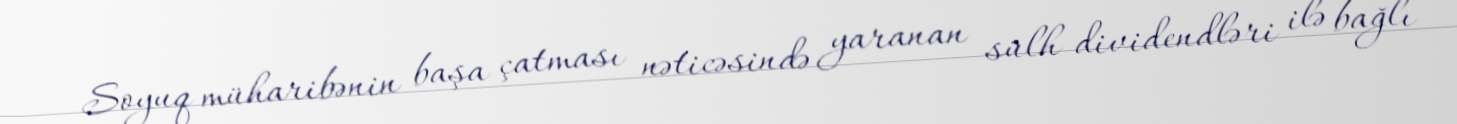
Soyuq müharibənin başa çatması nəticəsində yaranan sülh dividendləri ilə bağlı